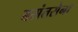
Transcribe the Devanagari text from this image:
बसंतसेना